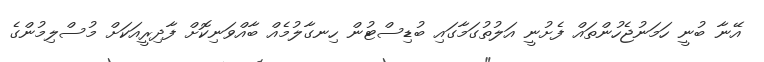
އޭނާ ބުނީ ހަމަނުޖެހުންތައް ފެށުނީ އަލުތުގަމާގައި ބުޑިސްޓުން ހިނގާލުމެއް ބާއްވަނިކޮށް ފާދިރީއަކަށް މުސްލިމުންގެ